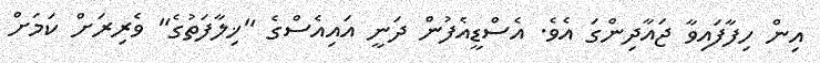
އިން ހިފާފައިވާ ޖައާދިންގަ އެވެ. އެސްޑީއެފުން ދަނީ އައިއެސްގެ "ޚިލާފަތުގެ" ވެރިރަށް ކަމަށް